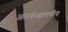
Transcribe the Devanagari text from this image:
अंतर्मन्त्रालयीय